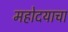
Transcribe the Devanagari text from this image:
महोदयाचा